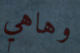
وهاهي